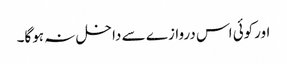
اورکوئی اس دروازے سے داخل نہ ہوگا۔